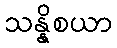
သန္နိစယာ